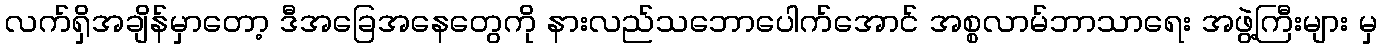
လက်ရှိအချိန်မှာတော့ ဒီအခြေအနေတွေကို နားလည်သဘောပေါက်အောင် အစ္စလာမ်ဘာသာရေး အဖွဲ့ကြီးများ မှ